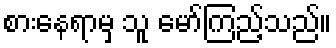
စားနေရာမှ သူ မော်ကြည့်သည်။